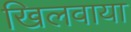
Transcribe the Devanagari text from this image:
खिलवाया